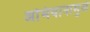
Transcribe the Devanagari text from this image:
अभियानामुळे